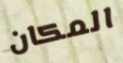
المكان